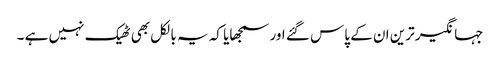
جہانگیر ترین ان کے پاس گئے اور سمجھایا کہ یہ بالکل بھی ٹھیک نہیں ہے ۔